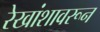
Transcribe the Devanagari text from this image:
रेखांशावरून